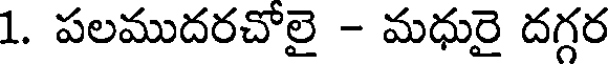
1. పలముదరచోలై - మధురై దగ్గర